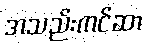
အသည်းကင်ဆာ